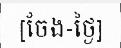
[ចែង-ថ្ងៃ]